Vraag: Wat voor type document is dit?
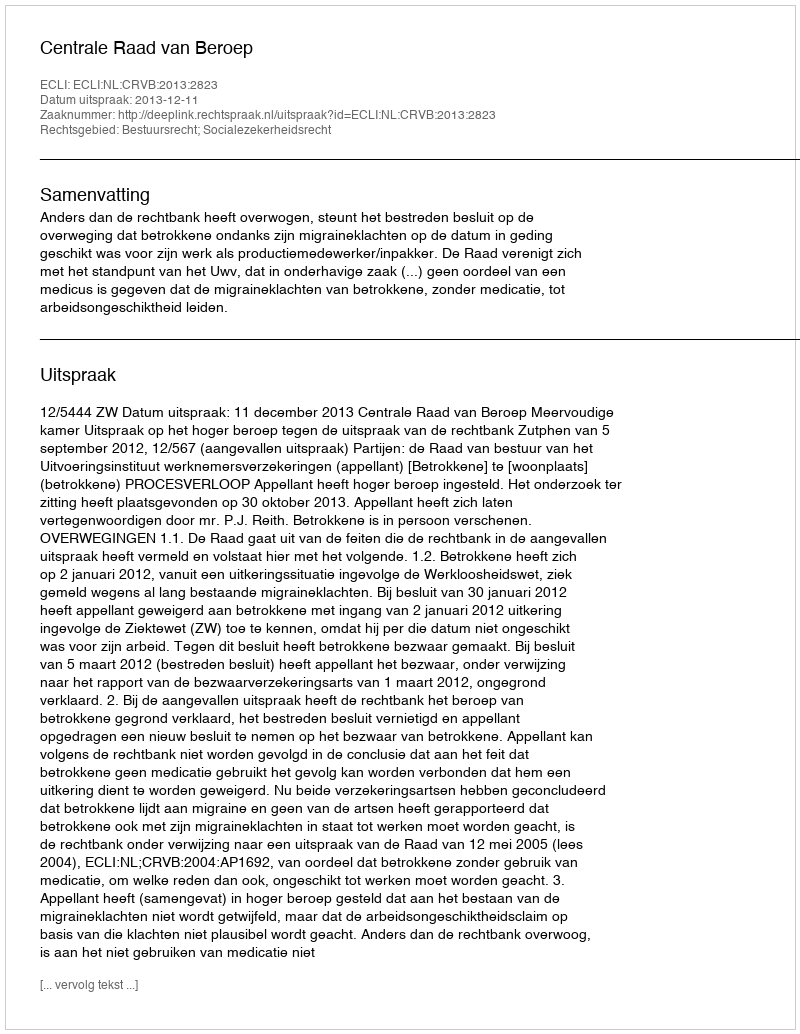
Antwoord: Uitspraak